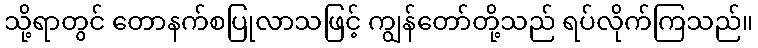
သို့ရာတွင် တောနက်စပြုလာသဖြင့် ကျွန်တော်တို့သည် ရပ်လိုက်ကြသည်။